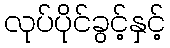
လုပ်ပိုင်ခွင့်နှင့်